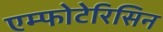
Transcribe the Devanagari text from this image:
एम्फोटेरिसिन